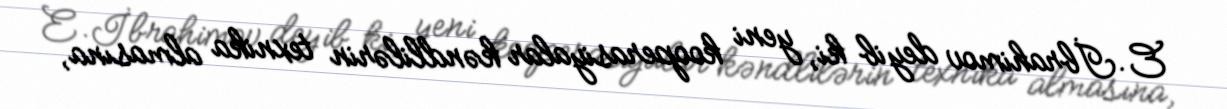
E.İbrahimov deyib ki, yeni kooperasiyalar kəndlilərin texnika almasına,